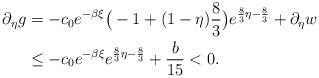
LaTeX: \begin{align*} \partial_\eta g&=-c_0e^{-\beta\xi}\big(-1+(1-\eta)\frac{8}{3}\big)e^{\frac{8}{3}\eta -\frac{8}{3}}+\partial_\eta w\\ &\leq -c_0e^{-\beta\xi}e^{\frac{8}{3}\eta -\frac{8}{3}}+ \frac{b}{15}<0. \end{align*}